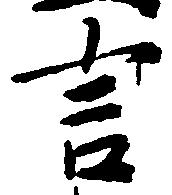
言